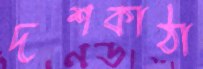
দশকাঠা